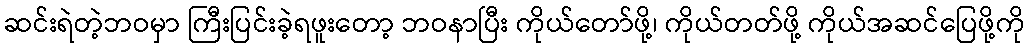
ဆင်းရဲတဲ့ဘဝမှာ ကြီးပြင်းခဲ့ရဖူးတော့ ဘဝနာပြီး ကိုယ်တော်ဖို့၊ ကိုယ်တတ်ဖို့ ကိုယ်အဆင်ပြေဖို့ကို